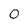
Character: 0